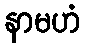
နာမဟံ